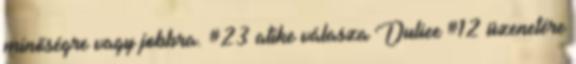
minőségre vagy jobbra. #23 atike válasza Duliee #12 üzenetére